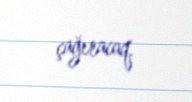
çağıracaq.